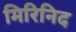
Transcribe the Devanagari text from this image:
मिरिनिद